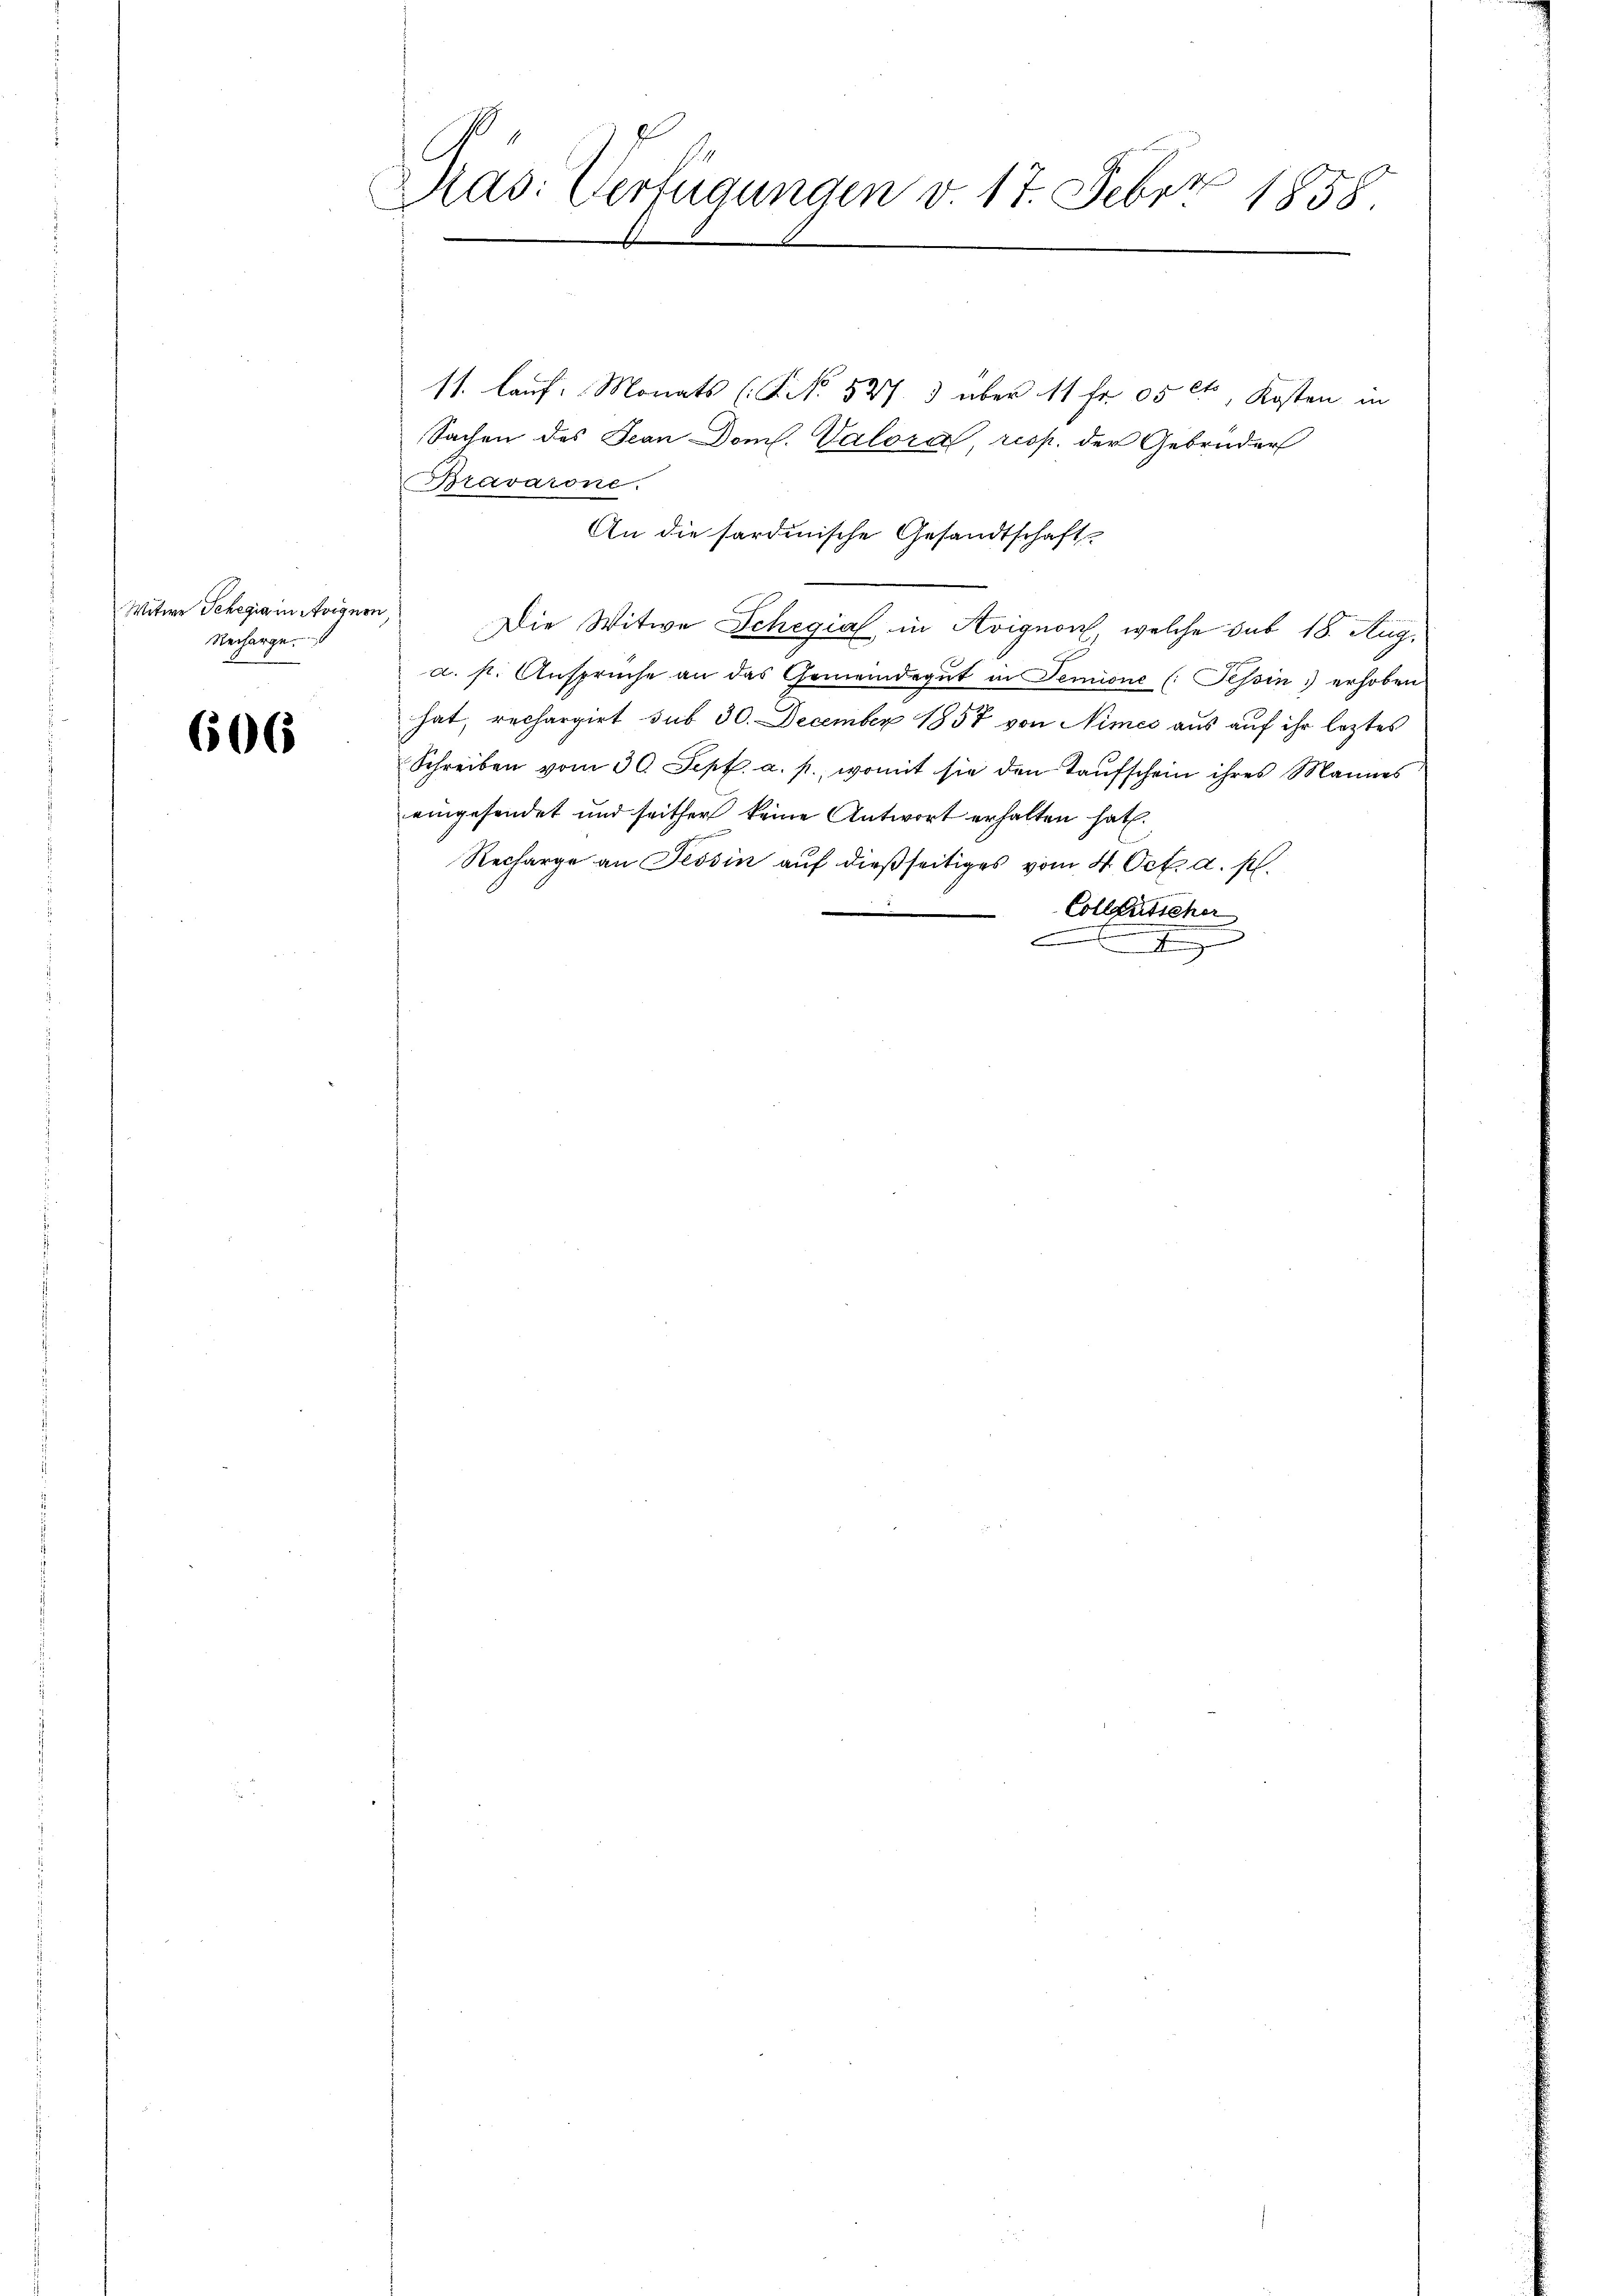
Witwe Tchegia in Avignon
Recharge

606

Dias: Verfügungen v. 17. Febr. 1858.

11. Lauf. Monats (§. No. 527. 3 über 11 Fr. 05ct, Kosten in
Bravarone.
An die sardinische Gesandtschaft
Die Witwe Schegial in Avignon, welche sub 18. Aug.
a. s. Ansprüche an das Gemeindegut in Semione (: Tessin erhoben
hat, rechargirt sub 30. December 1857 von Nimes aus auf ihr leztes
Schreiben vom 30. Sept. a. p., womit sie den Taufschein ihres Mannes
eingesendet und seither keine Antwort erhalten hat.
Recharge an Tessin auf dießseitiges vom 4. Oct. a. p.
Collentscher
A

Sachen des Jean Doml. Valora, resp. der Gebrüder